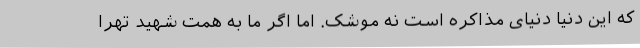
که این دنیا دنیای مذاکره است نه موشک. اما اگر ما به همت شهید تهرا